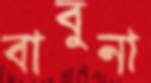
বাবুনা